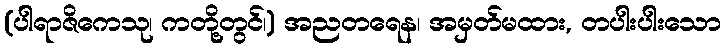
(ပါရာဇိကေသု၊ ကတို့တွင်၊) အညတရေန၊ အမှတ်မထား, တပါးပါးသော